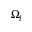
\Omega _ { l }